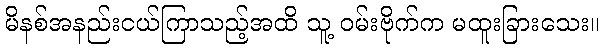
မိနစ်အနည်းငယ်ကြာသည့်အထိ သူ့ ဝမ်းဗိုက်က မထူးခြားသေး။